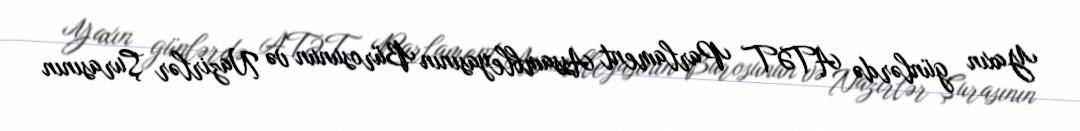
Yaxın günlərdə ATƏT Parlament Assambleyasının Bürosunun və Nazirlər Şurasının